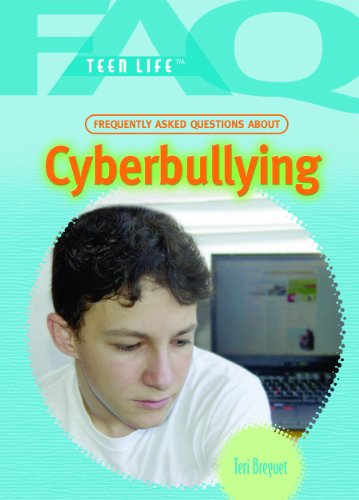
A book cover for Frequently Asked Questions About Cyberbullying (Faq: Teen Life); Teri Breguet; Teen & Young Adult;